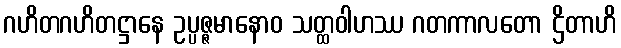
ဂဟိတဂဟိတဋ္ဌာနေ ဥပ္ပဇ္ဇမာနောဝ သတ္ထဝါဟဿ ဂတကာလတော ဌိတာဟိ